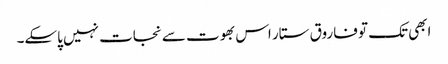
ابھی تک تو فاروق ستار اس بھوت سے نجات نہیں پاسکے۔